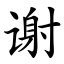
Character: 谢